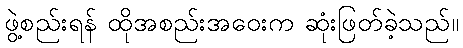
ဖွဲ့စည်းရန် ထိုအစည်းအဝေးက ဆုံးဖြတ်ခဲ့သည်။